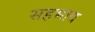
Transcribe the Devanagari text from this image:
सहभाव